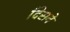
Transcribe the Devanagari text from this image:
दिसवे